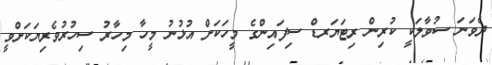
ދެވަނަ ސުވާލަކީ ކުރިން ރިޓަޔަރޑް ސިފައިންގެ މީހަކަށް އުޅުނު މީހާ މިހާރު ސިހުރުވެރިޔަކަށްވީ